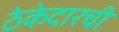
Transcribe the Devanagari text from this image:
ठेकेदारची